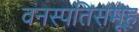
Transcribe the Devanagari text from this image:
वनस्पतिसमूह